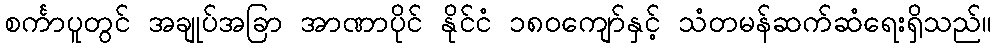
စင်္ကာပူတွင် အချုပ်အခြာ အာဏာပိုင် နိုင်ငံ ၁၈၀ကျော်နှင့် သံတမန်ဆက်ဆံရေးရှိသည်။